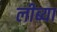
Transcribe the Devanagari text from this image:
लीब्या